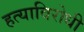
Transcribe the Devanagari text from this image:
हत्याविरोधी